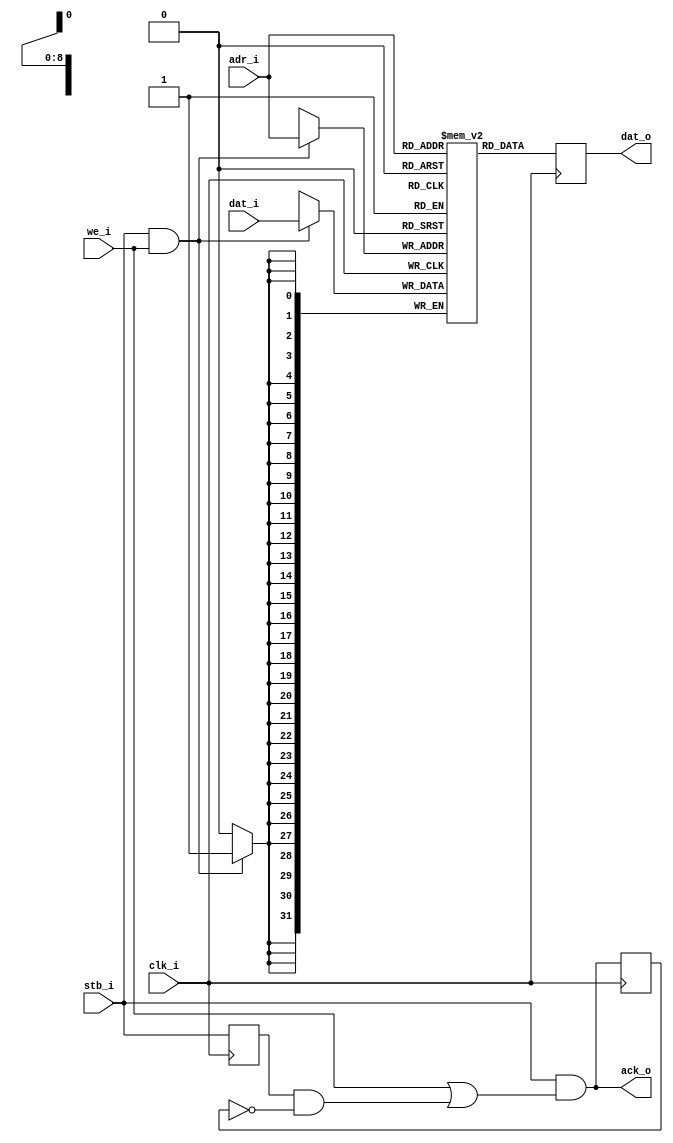
module wb_ram_block
  #(parameter AWIDTH=9)
    (input clk_i,
     input stb_i,
     input we_i,
     input [AWIDTH-1:0] adr_i,
     input [31:0] dat_i,
     output reg [31:0] dat_o,
     output ack_o);

   reg [31:0] distram [0:1<<(AWIDTH-1)];

   always @(posedge clk_i)
     begin
	if(stb_i & we_i)
	  distram[adr_i] <= dat_i;
	dat_o <= distram[adr_i];
     end

   reg stb_d1, ack_d1;
   always @(posedge clk_i)
     stb_d1 <= stb_i;
   
   always @(posedge clk_i)
     ack_d1 <= ack_o;
   
   assign ack_o = stb_i & (we_i | (stb_d1 & ~ack_d1));
endmodule